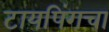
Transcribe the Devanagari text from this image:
टायपिंगचा